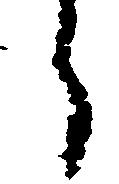
う